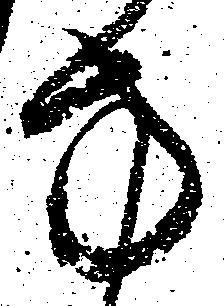
方